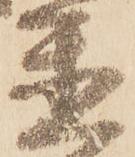
置